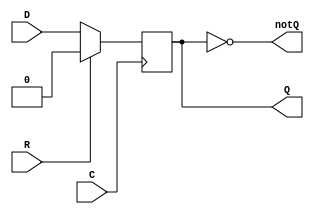
//   Copyright 2017 Yahniukov Stanislav
//
//   Licensed under the Apache License, Version 2.0 (the "License");
//   you may not use this file except in compliance with the License.
//   You may obtain a copy of the License at
//
//       http://www.apache.org/licenses/LICENSE-2.0
//
//   Unless required by applicable law or agreed to in writing, software
//   distributed under the License is distributed on an "AS IS" BASIS,
//   WITHOUT WARRANTIES OR CONDITIONS OF ANY KIND, either express or implied.
//   See the License for the specific language governing permissions and
//   limitations under the License.

module d_trig(
    D, C, R,    // in
    Q, notQ     // out
    );

    // Parameters
    parameter INIT_VAL    = 0;
    parameter RESET_VAL   = 1;

    // Ports
    input wire D, C, R;
    output wire Q, notQ;

    // Variables
    reg Q_reg = INIT_VAL;

    // Behavioral

    always @(posedge C) begin
        if(R == RESET_VAL)
            Q_reg <= INIT_VAL;
        else
            Q_reg <= D;
    end

    assign Q    = Q_reg;
    assign notQ = !Q_reg;

endmodule